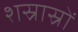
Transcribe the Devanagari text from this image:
शस्रास्रों